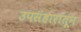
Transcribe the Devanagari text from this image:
उपसंहारातून